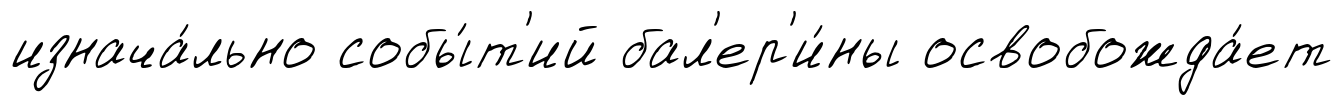
изнача́льно собы́т'ий бал'ер'и́ны освобожда́ет